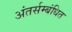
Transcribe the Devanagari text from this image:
अंतर्सम्बंधित